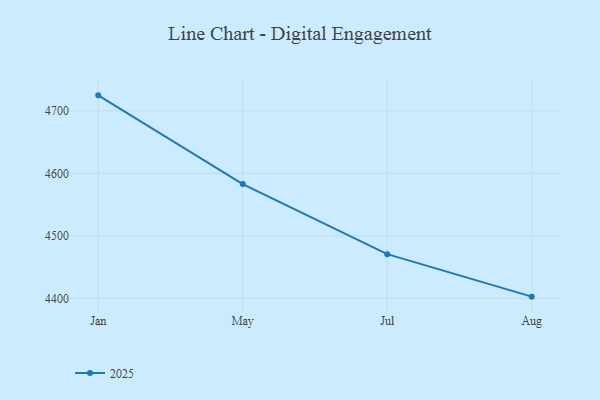
{"axis": {"x": "Month", "y": "Market Share (%)"}, "legend": ["2025"], "data": [{"x": "Jan", "y": 4724.8, "type": "2025"}, {"x": "May", "y": 4582.9, "type": "2025"}, {"x": "Jul", "y": 4470.7, "type": "2025"}, {"x": "Aug", "y": 4402.7, "type": "2025"}]}